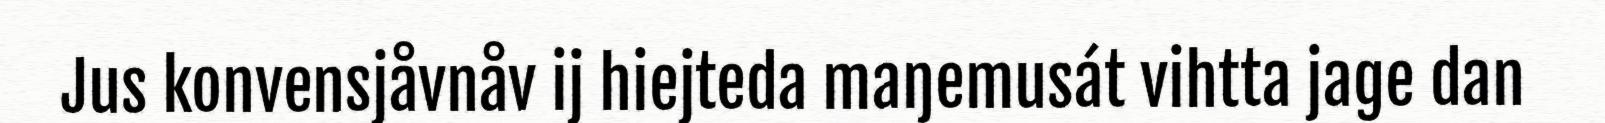
Jus konvensjåvnåv ij hiejteda maŋemusát vihtta jage dan